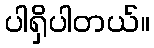
ပါရှိပါတယ်။